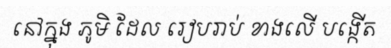
នៅក្នុង ភូមិ ដែល រៀបរាប់ ខាងលើ បង្កើត